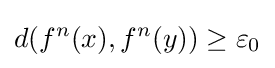
d(f^{n}(x),f^{n}(y))\geq \varepsilon _{0}